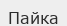
Пайка